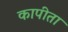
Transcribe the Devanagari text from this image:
कापीता